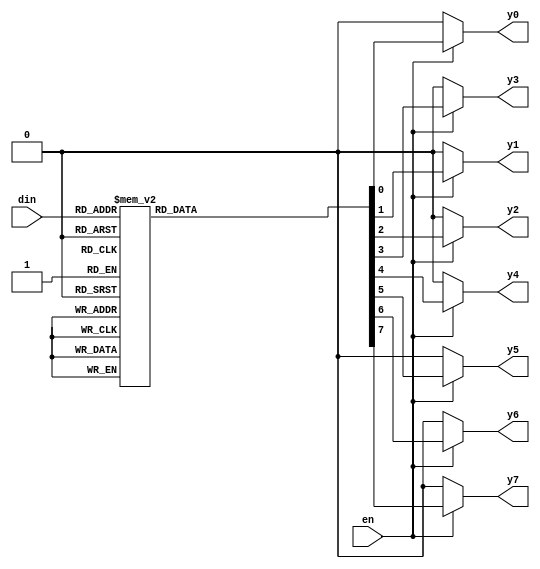
module decoder_3_to_8(din, en, y7, y6, y5, y4, y3, y2, y1, y0);

   //Inputs
   input [2:0] din;
   input en;
   output reg y7, y6, y5, y4, y3, y2, y1, y0;
        
   always@(din or en) // theres your problem
      if(en)
         case(din)
            3'b000:  {y7,y6,y5,y4,y3,y2,y1,y0} = 8'b00000001;
            3'b001:  {y7,y6,y5,y4,y3,y2,y1,y0} = 8'b00000010;
            3'b010:  {y7,y6,y5,y4,y3,y2,y1,y0} = 8'b00000100;
            3'b011:  {y7,y6,y5,y4,y3,y2,y1,y0} = 8'b00001000;
            3'b100:  {y7,y6,y5,y4,y3,y2,y1,y0} = 8'b00010000;
            3'b101:  {y7,y6,y5,y4,y3,y2,y1,y0} = 8'b00100000;
            3'b110:  {y7,y6,y5,y4,y3,y2,y1,y0} = 8'b01000000;
            3'b111:  {y7,y6,y5,y4,y3,y2,y1,y0} = 8'b10000000;
            default: {y7,y6,y5,y4,y3,y2,y1,y0} = 8'b00000000;
         endcase
      else
         {y7,y6,y5,y4,y3,y2,y1,y0} = 8'b00000000;
                  
endmodule